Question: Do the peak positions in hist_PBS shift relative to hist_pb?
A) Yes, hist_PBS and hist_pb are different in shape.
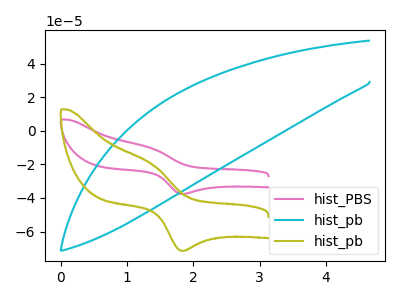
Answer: <think>The pink curve "hist_PBS" has an anodic peak at (1.35V, -10.45uA) and a cathodic peak at (1.85V, -37.60uA). The cyan curve "hist_pb" has no peaks. The olive curve "hist_pb" has an anodic peak at (1.35V, -19.90uA) and a cathodic peak at (1.85V, -71.40uA).
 "hist_PBS" and "hist_pb" have a different number of peaks.</think>
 <answer>A) Yes, "hist_PBS" and "hist_pb" are different in shape.</answer>
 <eval>A</eval>